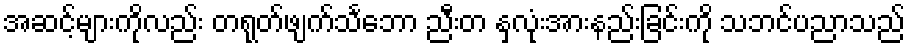
အဆင့်များကိုလည်း တရုတ်ဖျက်သင်္ဘော ညီးတ နှလုံးအားနည်းခြင်းကို သဘင်ပညာသည်